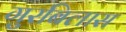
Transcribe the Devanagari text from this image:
गुरबिलास